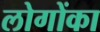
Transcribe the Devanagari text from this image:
लोगोंका